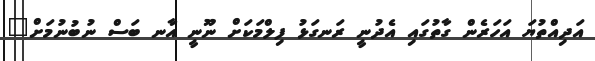
އަދިއްތުޔަ އަހަރެން ގާތުގައި އެދުނީ ރަނގަޅު ފިލްމަކަށް ނޫނީ އާނ ބަސް ނުބުނުމަށް"